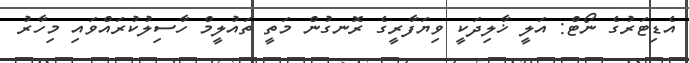
އެޑިޓަރުގެ ނޯޓް: އަލީ ޚާލިދަކީ ވިޔަފާރީގެ ރޮނގުން މަތީ ތައުލީމް ހާސިލުކުރައްވައި މިހާރު